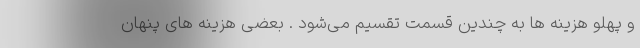
و پهلو هزینه ها به چندین قسمت تقسیم می‌شود . بعضی هزینه های پنهان